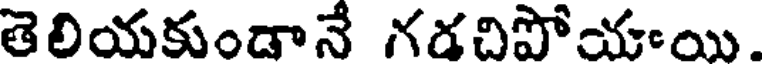
తెలియకుండానే గడచిపోయాయి.